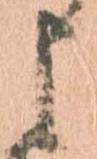
申